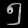
Digit: ၅